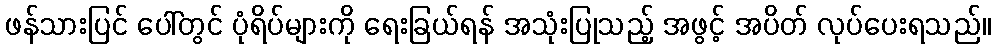
ဖန်သားပြင် ပေါ်တွင် ပုံရိပ်များကို ရေးခြယ်ရန် အသုံးပြုသည့် အဖွင့် အပိတ် လုပ်ပေးရသည်။